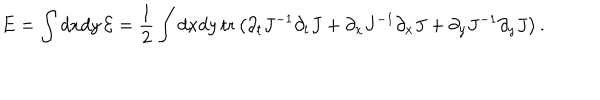
E = \int d x d y \, { \cal E } = \frac { 1 } { 2 } \int d x d y \, \mathrm { t r } \left( \partial _ { t } J ^ { - 1 } \partial _ { t } J + \partial _ { x } J ^ { - 1 } \partial _ { x } J + \partial _ { y } J ^ { - 1 } \partial _ { y } J \right) .